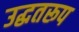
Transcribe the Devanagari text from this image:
उद्धतरूप